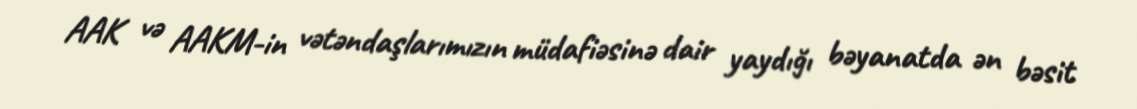
AAK və AAKM-in vətəndaşlarımızın müdafiəsinə dair yaydığı bəyanatda ən bəsit